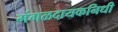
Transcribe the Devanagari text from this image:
मंगळदायकनिधी